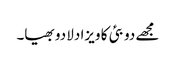
مجھے دوبئی کا ویزا دلا دو بھیا۔